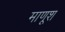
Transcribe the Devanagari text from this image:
माणूश